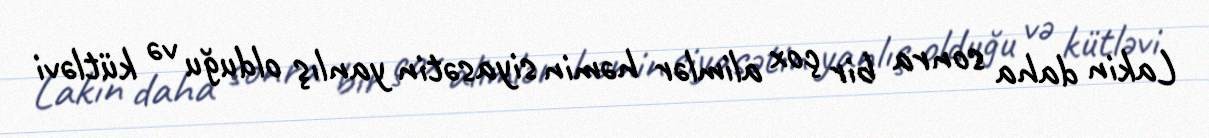
Lakin daha sonra bir çox alimlər həmin siyasətin yanlış olduğu və kütləvi